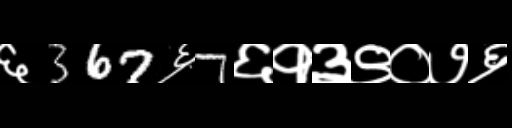
Text: ६367६7६१३९०७६